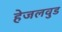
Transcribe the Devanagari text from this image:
हेजलवुड